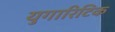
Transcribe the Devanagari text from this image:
युगारिटिक